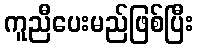
ကူညီပေးမည်ဖြစ်ပြီး